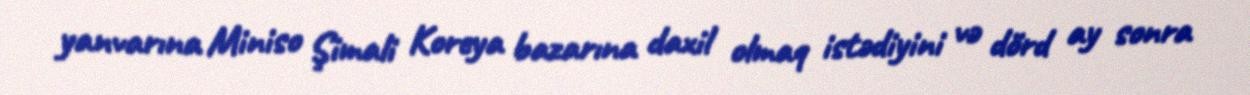
yanvarına Miniso Şimali Koreya bazarına daxil olmaq istədiyini və dörd ay sonra